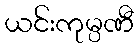
ယင်းကုမ္ပဏီ